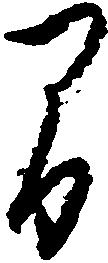
間